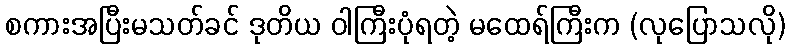
စကားအပြီးမသတ်ခင် ဒုတိယ ဝါကြီးပုံရတဲ့ မထေရ်ကြီးက (လုပြောသလို)